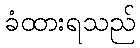
ခံထားရသည်